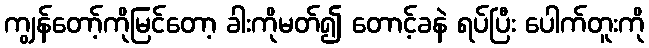
ကျွန်တော့်ကိုမြင်တော့ ခါးကိုမတ်၍ တောင့်ခနဲ ရပ်ပြီး ပေါက်တူးကို